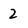
Character: 2